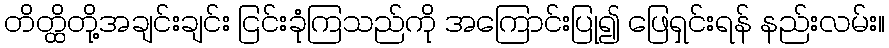
တိတ္ထိတို့အချင်းချင်း ငြင်းခုံကြသည်ကို အကြောင်းပြု၍ ဖြေရှင်းရန် နည်းလမ်း။